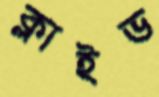
ক্লাইভ